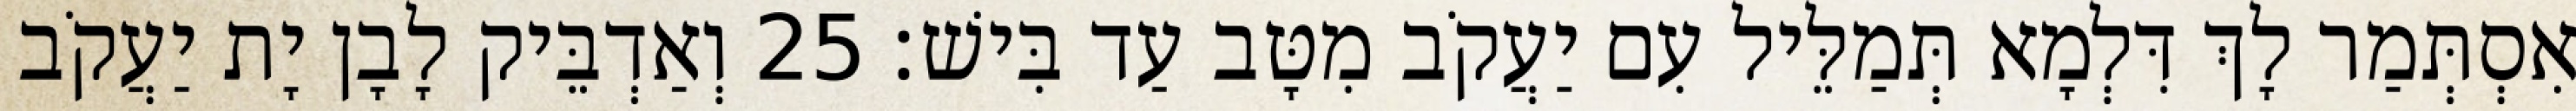
אִסְתְּמַר לָךְ דִּלְמָא תְּמַלֵּיל עִם יַעֲקֹב מִטָּב עַד בִּישׁ׃ 25 וְאַדְבֵּיק לָבָן יָת יַעֲקֹב